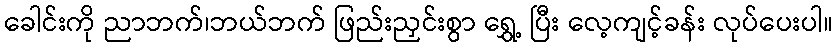
ခေါင်းကို ညာဘက်၊ဘယ်ဘက် ဖြည်းညှင်းစွာ ရွှေ့ ပြီး လေ့ကျင့်ခန်း လုပ်ပေးပါ။